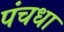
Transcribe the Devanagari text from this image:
पंचधा